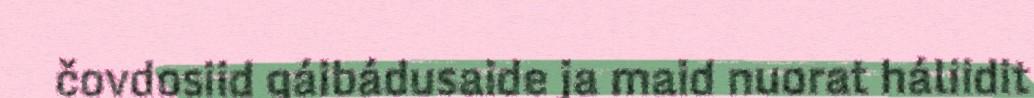
čovdosiid gáibádusaide ja maid nuorat háliidit